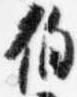
伯